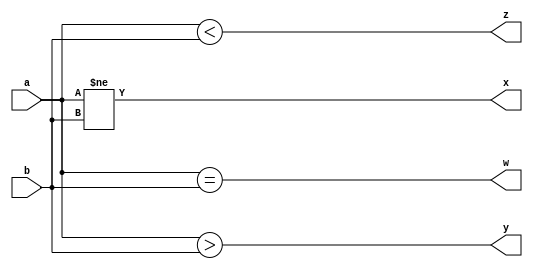
`timescale 1ns / 1ps

module one_bit_compare(
input a,b,
output w,x,y,z
    );
    
assign w=a==b;
assign x=a!=b;
assign y=a>b;
assign z=a<b;

endmodule